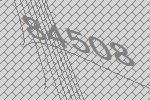
84508